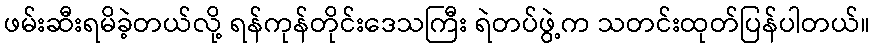
ဖမ်းဆီးရမိခဲ့တယ်လို့ ရန်ကုန်တိုင်းဒေသကြီး ရဲတပ်ဖွဲ့က သတင်းထုတ်ပြန်ပါတယ်။